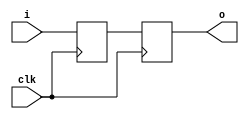
module synch_2 #(parameter WIDTH = 1) (
   input  wire [WIDTH-1:0] i,      // input signal
   output reg  [WIDTH-1:0] o,      // synchronized output
   input  wire             clk     // clock to synchronize on
);

reg [WIDTH-1:0] stage_1;
always @(posedge clk)
   {o, stage_1} <= {stage_1, i};

endmodule